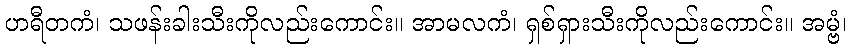
ဟရီတကံ၊ သဖန်းခါးသီးကိုလည်းကောင်း။ အာမလကံ၊ ရှစ်ရှားသီးကိုလည်းကောင်း။ အမ္ဗံ၊